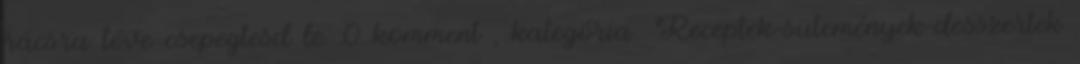
rácsra téve csepegtesd le. 0 komment , kategória: Receptek-sütemények-desszertek